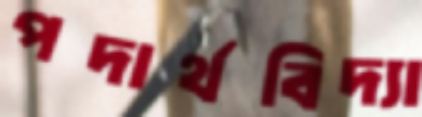
পদার্থবিদ্যা